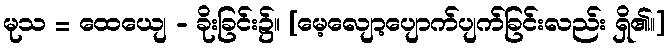
မုသ = ထေယျေ - ခိုးခြင်း၌။ [မေ့လျော့ပျောက်ပျက်ခြင်းလည်း ရှိ၏၊၊]